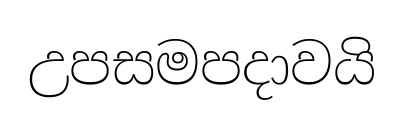
උපසමපදාවයි